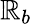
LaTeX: \mathbb{R}_{b}